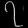
Digit: ၇